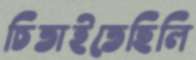
চিতাইতেছিলি